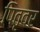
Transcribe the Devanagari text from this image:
पितृवर